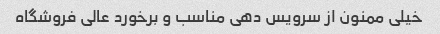
خیلی ممنون از سرویس دهی مناسب و برخورد عالی فروشگاه